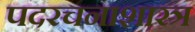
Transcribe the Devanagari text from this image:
पदरचनाशास्त्र